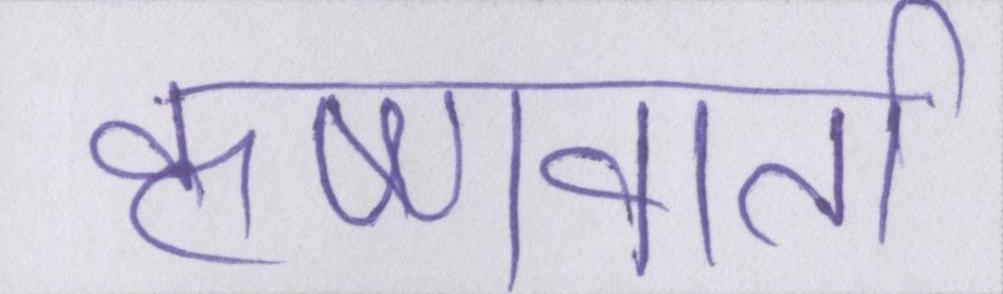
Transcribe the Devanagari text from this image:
कृष्णवार्ता